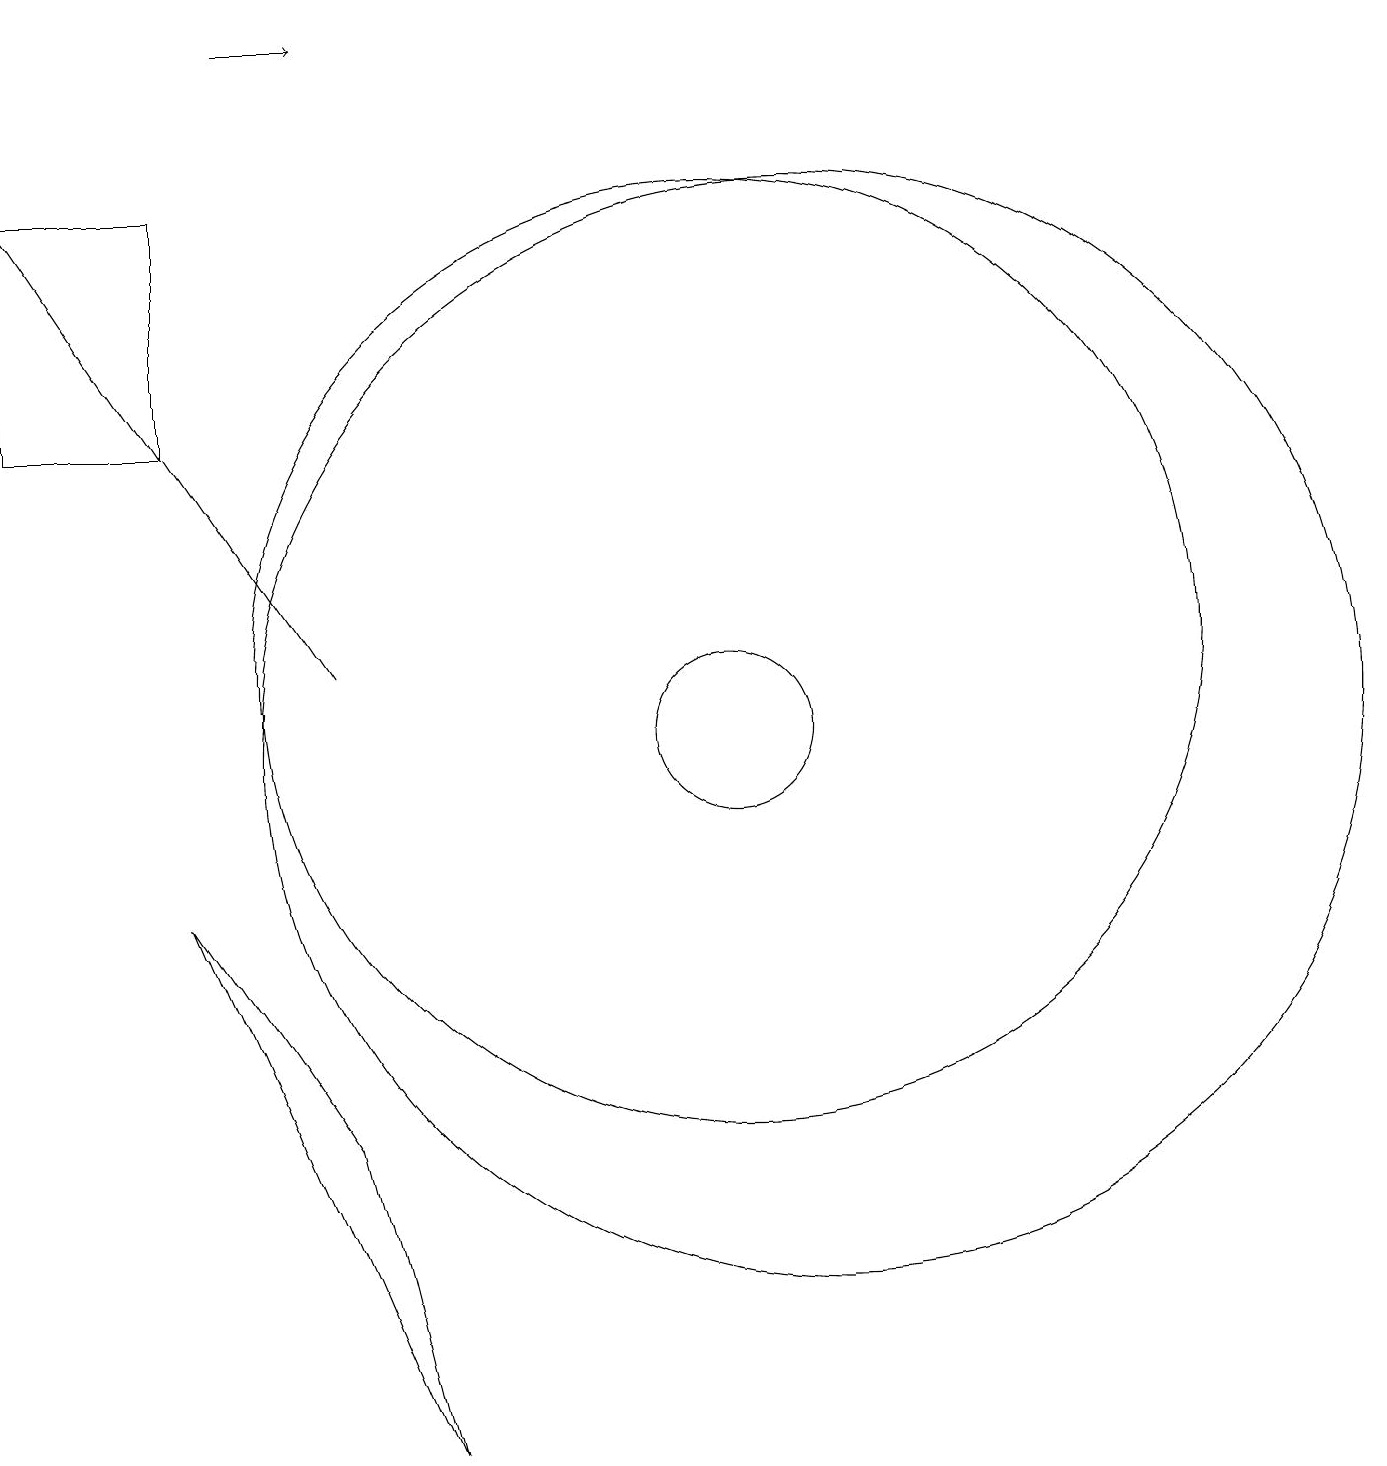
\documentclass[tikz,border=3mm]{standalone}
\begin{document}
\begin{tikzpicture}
\draw (10,10) circle (1);
\draw (3,8) -- (5,5) -- (6,1) -- cycle;
\draw (1,17) rectangle (3,14);
\draw[->] (4,19) -- (5,19);
\draw (11,10) circle (7);
\draw[->] (5,11) -- (1,17);
\draw (10,11) circle (6);
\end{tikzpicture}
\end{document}